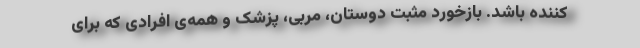
کننده باشد. بازخورد مثبت دوستان،‌ مربی،‌ پزشک و همه‌ی افرادی که برای